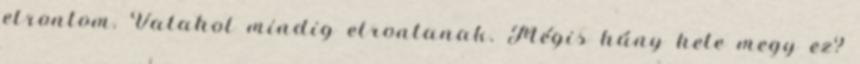
elrontom. Valahol mindig elrontanak. Mégis hány hete megy ez?